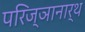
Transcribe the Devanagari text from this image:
परिज्ञानार्थ